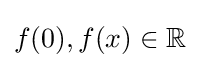
f(0),f(x)\in \mathbb {R}